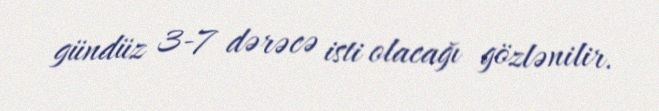
gündüz 3-7 dərəcə isti olacağı gözlənilir.